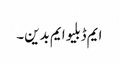
ایم ڈبلیو ایم بدین۔